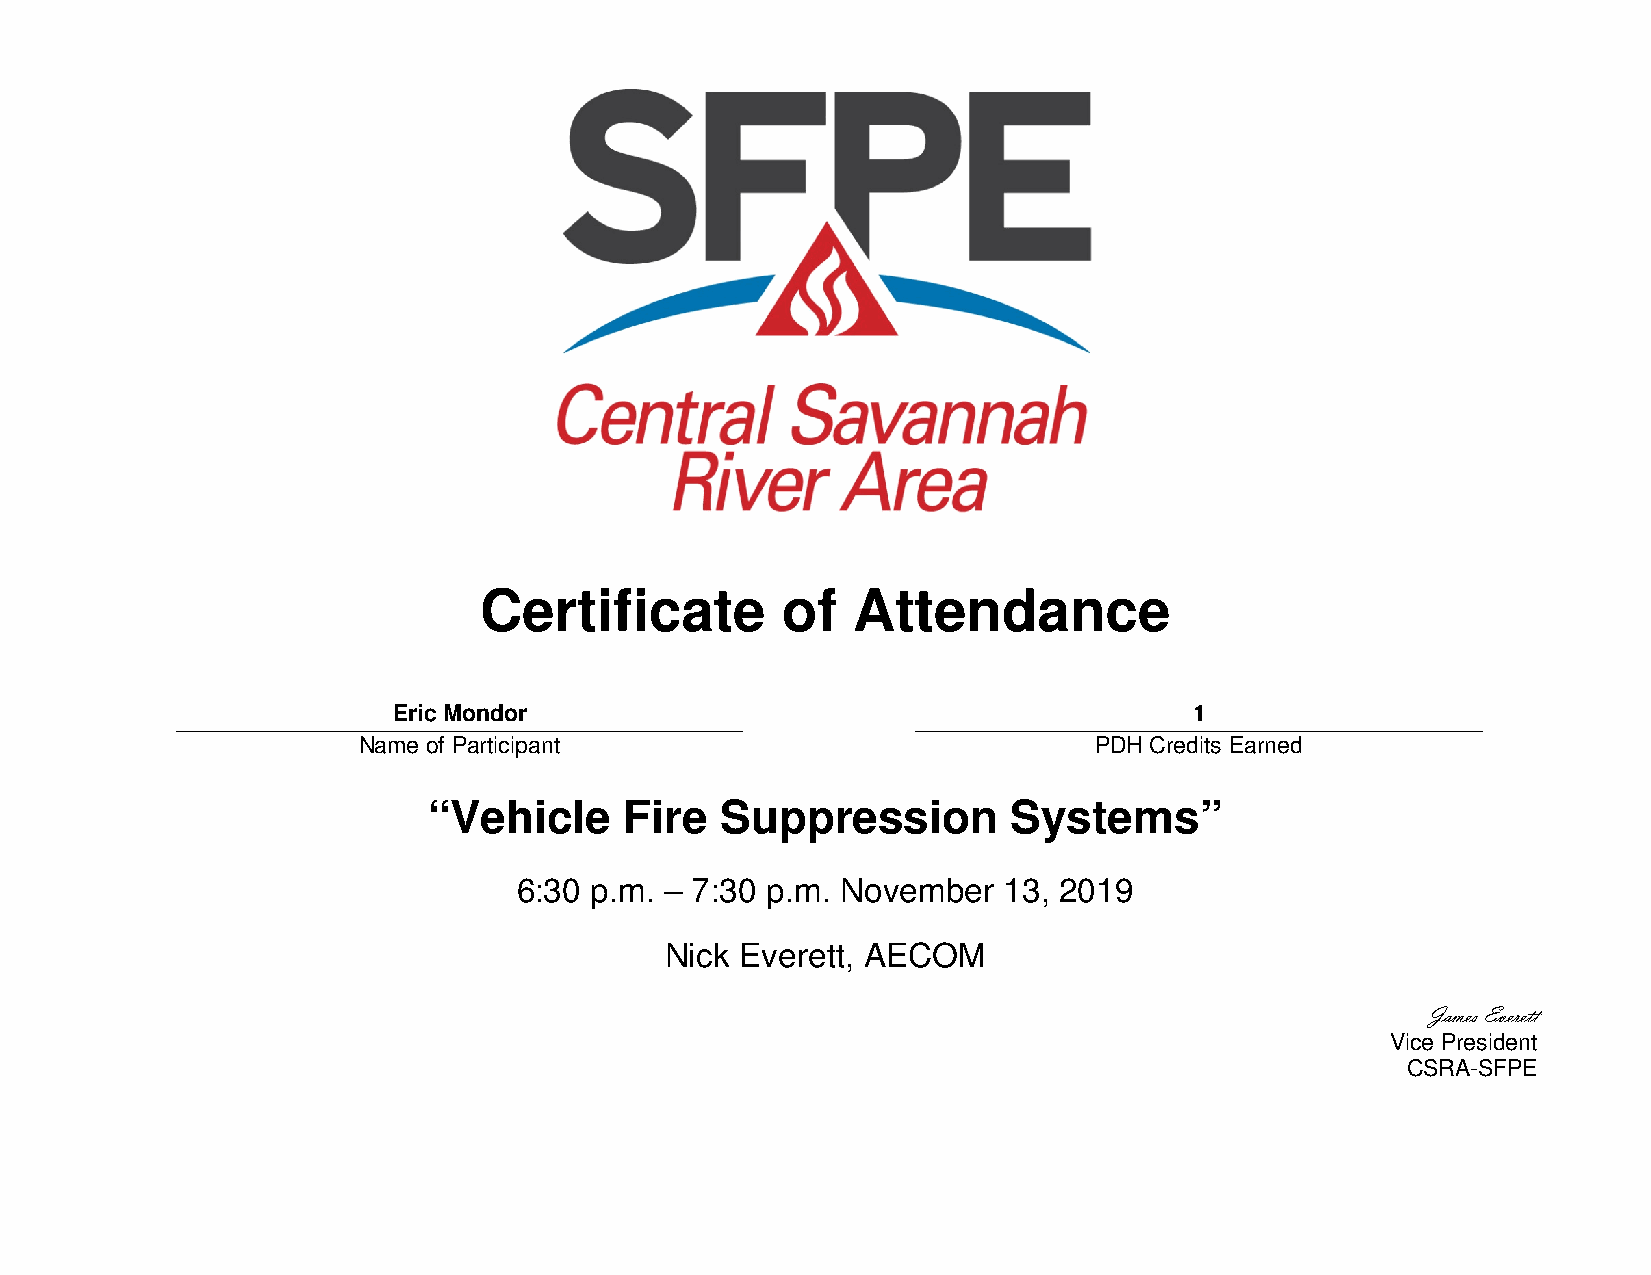
Certificate         of  Attendance
 Eric Mondor                                          1
 Name of Participant                             PDH Credits Earned
 “Vehicle     Fire   Suppression        Systems”
 6:30 p.m. – 7:30 p.m. November  13, 2019
 Nick Everett, AECOM
 James Everett
 Vice President
 CSRA-SFPE